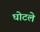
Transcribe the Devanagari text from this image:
घोटले